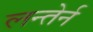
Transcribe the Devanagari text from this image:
लन्तेर्न